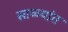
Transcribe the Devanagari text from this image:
साळ्यांत